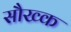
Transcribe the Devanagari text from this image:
सौख्क